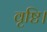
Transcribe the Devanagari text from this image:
वृष्टि।